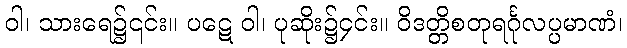
ဝါ၊ သားရေ၌၎င်း။ ပဋေ ဝါ၊ ပုဆိုး၌၄င်း။ ဝိဒတ္တိစတုရင်္ဂုလပ္ပမာဏံ၊